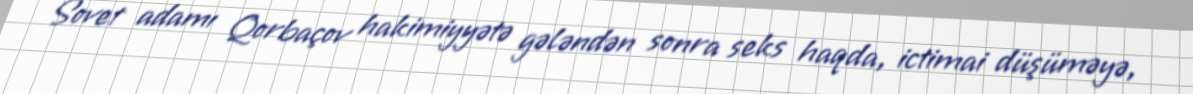
Sovet adamı Qorbaçov hakimiyyətə gələndən sonra seks haqda, ictimai düşüməyə,